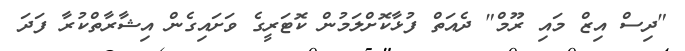
"ދިސް އިޒް މައި ރޫމް" ދެއަތް ފުޅާކޮށްލަމުން ކޮޓަރީގެ ވަށައިގެން އިޝާރާތްކުރާ ފަދަ